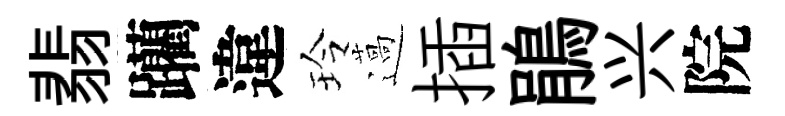
翡躪違玲薖插鵑兴院